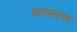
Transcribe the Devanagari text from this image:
कसलासा